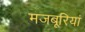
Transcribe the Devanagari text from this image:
मजबूरियां